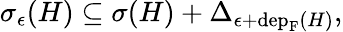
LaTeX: \begin{array}{r}{\sigma_{\epsilon}(H)\subseteq\sigma(H)+\Delta_{\epsilon+\mathrm{dep}_{\mathrm{F}}(H)},}\end{array}